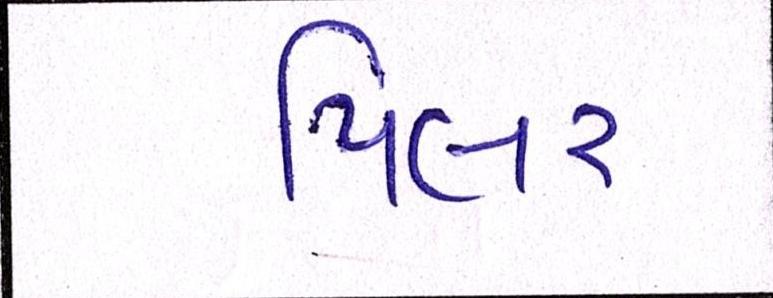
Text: પિલર